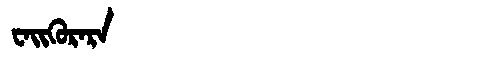
Manchu: ᠸᠠᡳᡴᡠᡵᠠᡵᠠ
Romanization: WAIKURARA